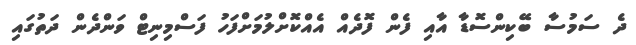
ދެ ސަމުސާ ބޭކިންސޮޑާ އާއި ފެން ފޮދެއް އެއްކޮށްލުމަށްފަހު ފަސްމިނިޓް ވަންދެން ދަތުގައި